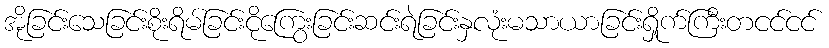
အိုခြင်းသေခြင်းစိုးရိမ်ခြင်းငိုကြွေးခြင်းဆင်းရဲခြင်းနှလုံးမသာယာခြင်းရှိုက်ကြီးတငင်ငင်